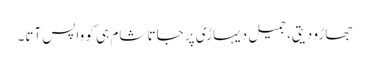
جھاڑو دیتی، جمیل دیہاڑی پر جاتا شام ہی کو واپس آتا۔